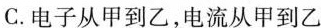
C.电子从甲到乙，电流从甲到乙